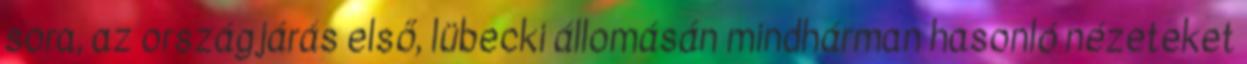
sora, az országjárás első, lübecki állomásán mindhárman hasonló nézeteket